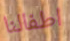
اطفالنا